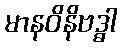
မာနဝိနိဗဒ္ဓါ